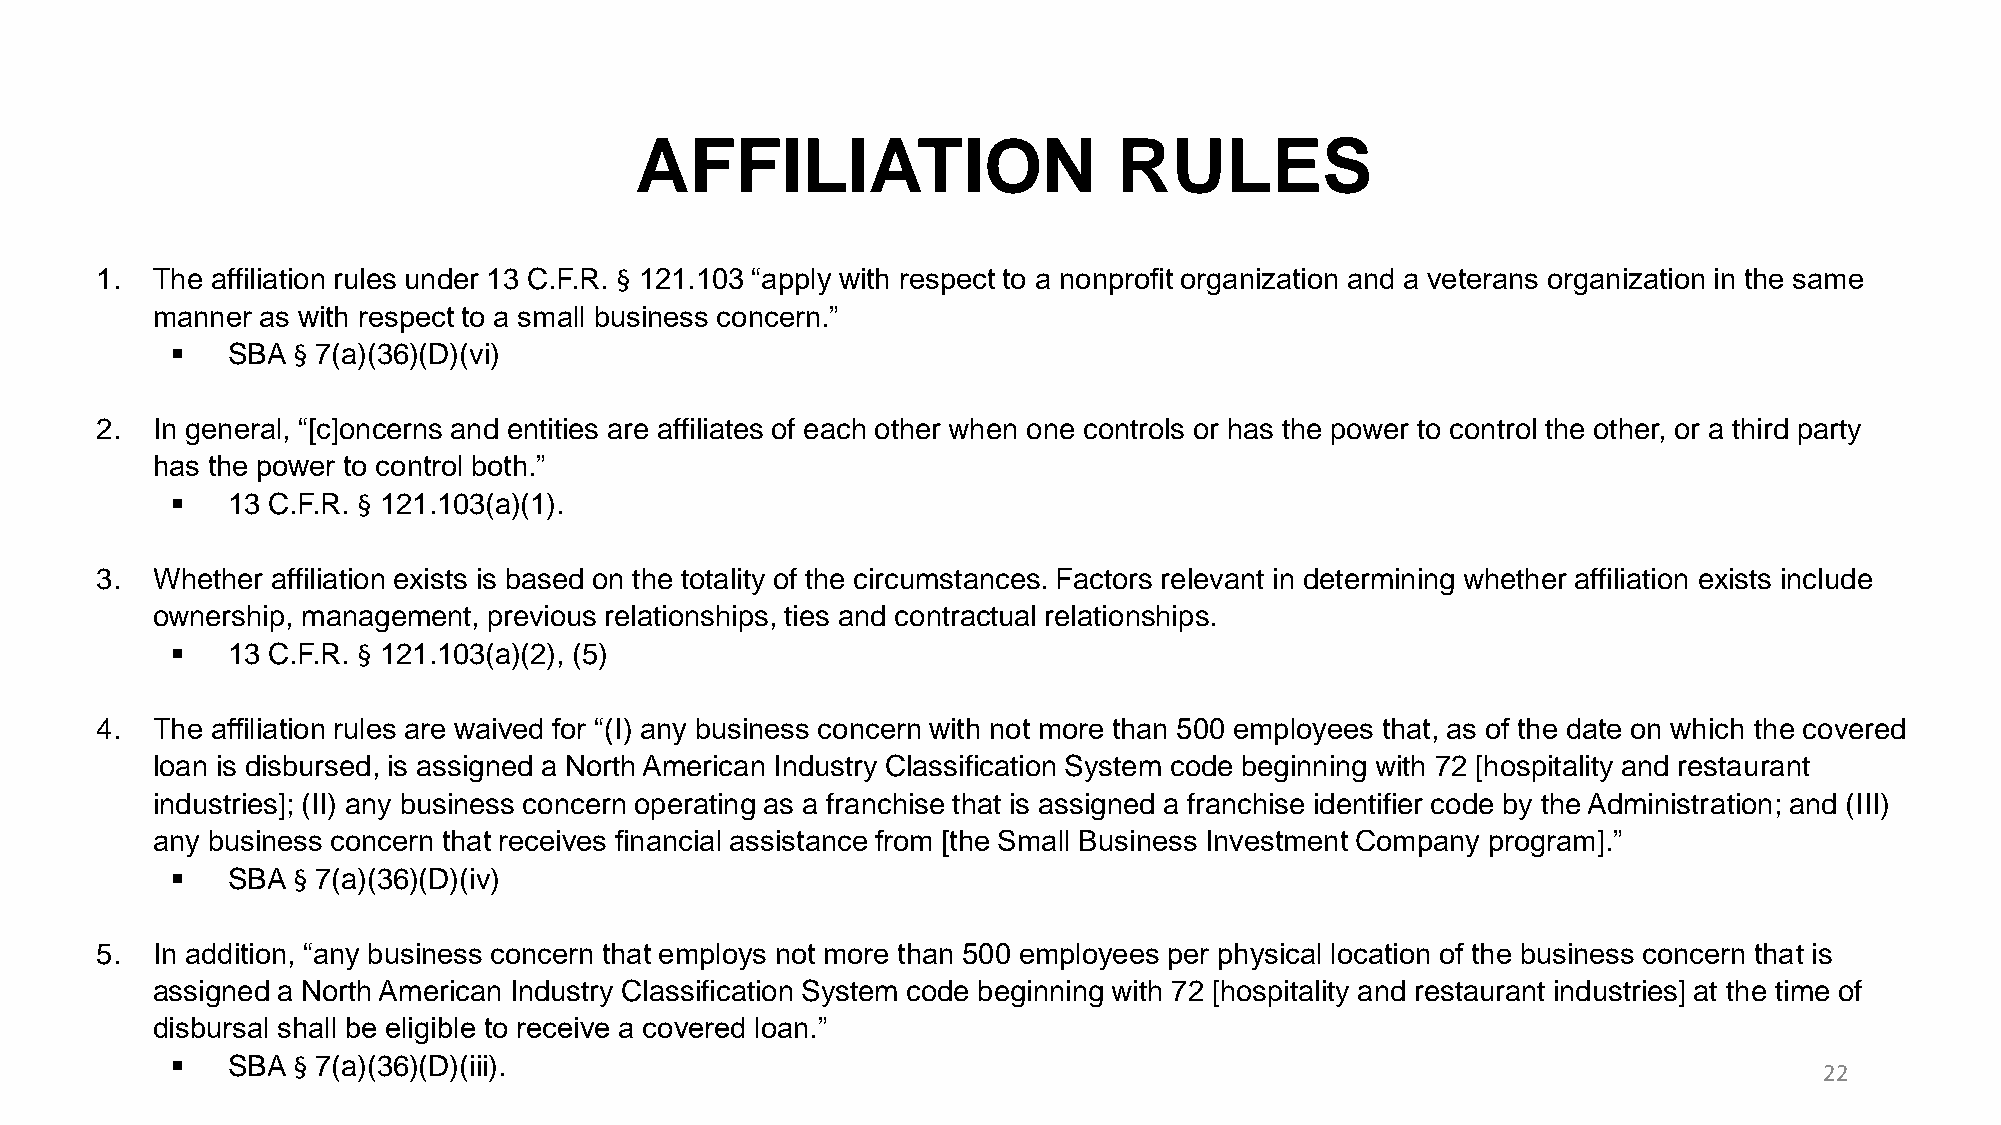
AFFILIATION                     RULES
 1.  The affiliation rules under 13 C.F.R. § 121.103 “apply with respect to a nonprofit organization and a veterans organization in the same
 manner as with respect to a small business concern.”
 ▪   SBA § 7(a)(36)(D)(vi)
 2.  In general, “[c]oncerns and entities are affiliates of each other when one controls or has the power to control the other, or a third party
 has the power to control both.”
 ▪   13 C.F.R. § 121.103(a)(1).
 3.  Whether affiliation exists is based on the totality of the circumstances. Factors relevant in determining whether affiliation exists include
 ownership, management, previous relationships, ties and contractual relationships.
 ▪   13 C.F.R. § 121.103(a)(2), (5)
 4.  The affiliation rules are waived for “(I) any business concern with not more than 500 employees that, as of the date on which the covered
 loan is disbursed, is assigned a North American Industry Classification System code beginning with 72 [hospitality and restaurant
 industries]; (II) any business concern operating as a franchise that is assigned a franchise identifier code by the Administration; and (III)
 any business concern that receives financial assistance from [the Small Business Investment Company program].”
 ▪   SBA § 7(a)(36)(D)(iv)
 5.  In addition, “any business concern that employs not more than 500 employees per physical location of the business concern that is
 assigned a North American Industry Classification System code beginning with 72 [hospitality and restaurant industries] at the time of
 disbursal shall be eligible to receive a covered loan.”
 ▪   SBA § 7(a)(36)(D)(iii).
 22